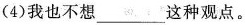
(4)我也不想___这种观点。